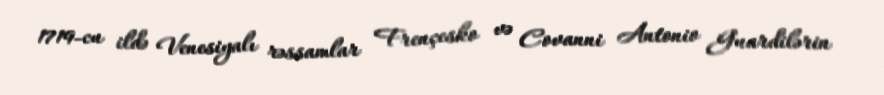
1719-cu ildə Venesiyalı rəssamlar Frençesko və Covanni Antonio Guardilərin